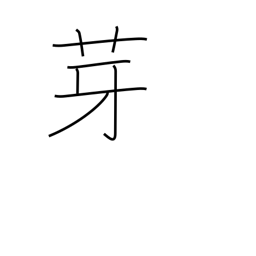
Meaning: spear